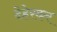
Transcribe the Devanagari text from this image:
देहेरकर